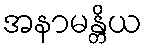
အနာမန္တိယ